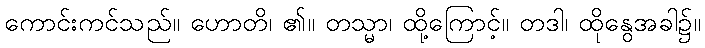
ကောင်းကင်သည်။ ဟောတိ၊ ၏။ တသ္မာ၊ ထို့ကြောင့်။ တဒါ၊ ထိုနွေအခါ၌။